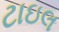
ટાઇલ